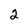
Character: 2